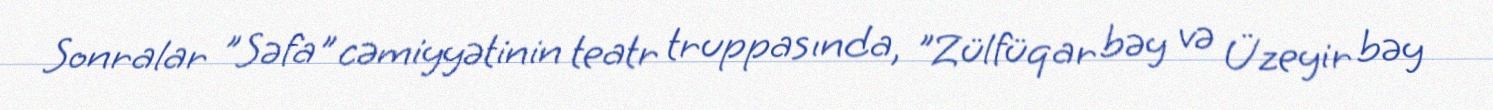
Sonralar "Səfa" cəmiyyətinin teatr truppasında, "Zülfüqar bəy və Üzeyir bəy